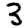
Digit: 3